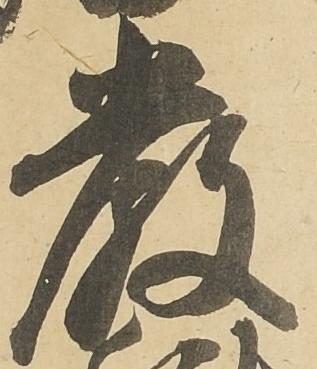
厳